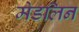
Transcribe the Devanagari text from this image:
मेडलिन